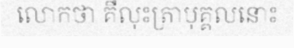
លោកថា គឺលុះត្រាបុគ្គលនោះ